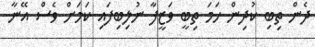
ދެން ތިބި ކުދިން ހަމަ ތިބީ ވަޒީފާ ނުލިބިފައި ކަމަށް ވެސް އޭނާ